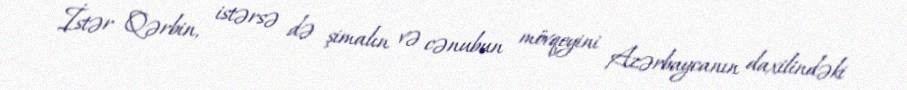
İstər Qərbin, istərsə də şimalın və cənubun mövqeyini Azərbaycanın daxilindəki